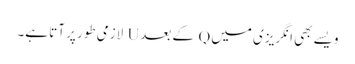
ویسے بھی انگریزی میں Q کے بعد U لازمی طور پر آتا ہے۔